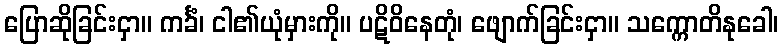
ပြောဆိုခြင်းငှာ။ ကင်္ခံ၊ ငါ၏ယုံမှားကို။ ပဋိဝိနေတုံ၊ ဖျောက်ခြင်းငှာ။ သက္ကောတိနုခေါ၊